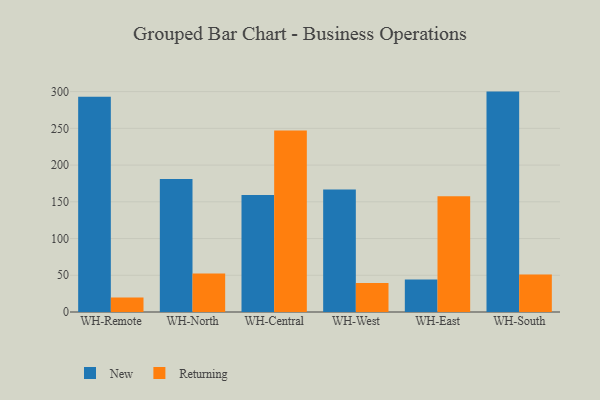
{"axis": {"x": "Warehouse", "y": "Gross Profit (USD K)"}, "legend": ["New", "Returning"], "data": [{"x": "WH-Remote", "y": 292.9, "type": "New"}, {"x": "WH-Remote", "y": 19.8, "type": "Returning"}, {"x": "WH-North", "y": 181.2, "type": "New"}, {"x": "WH-North", "y": 52.3, "type": "Returning"}, {"x": "WH-Central", "y": 159.4, "type": "New"}, {"x": "WH-Central", "y": 247.0, "type": "Returning"}, {"x": "WH-West", "y": 166.7, "type": "New"}, {"x": "WH-West", "y": 39.5, "type": "Returning"}, {"x": "WH-East", "y": 44.2, "type": "New"}, {"x": "WH-East", "y": 157.5, "type": "Returning"}, {"x": "WH-South", "y": 300.0, "type": "New"}, {"x": "WH-South", "y": 51.1, "type": "Returning"}]}